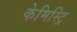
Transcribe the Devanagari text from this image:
केमिस्ट्रि